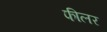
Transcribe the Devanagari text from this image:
फीलर